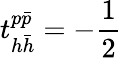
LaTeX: t_{h\bar{h}}^{p\bar{p}}=-\frac{1}{2}